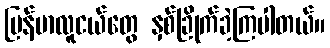
မြန်မာလူငယ်တွေ နှစ်ခြိုက်ခဲ့ကြပါတယ်။